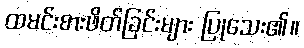
ထမင်းစားဖိတ်ခြင်းများ ပြုသေး၏။